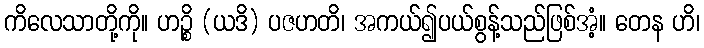
ကိလေသာတို့ကို။ ဟဉ္စိ (ယဒိ) ပဇဟတိ၊ အကယ်၍ပယ်စွန့်သည်ဖြစ်အံ့။ တေန ဟိ၊